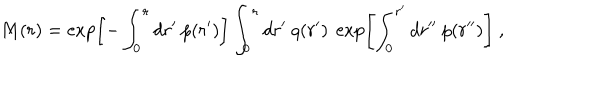
M ( r ) = \exp \left[ - \int _ { 0 } ^ { r } d r ^ { \prime } \ p ( r ^ { \prime } ) \right] \int _ { 0 } ^ { r } d r ^ { \prime } \ q ( r ^ { \prime } ) \ \exp \left[ \int _ { 0 } ^ { r ^ { \prime } } d r ^ { \prime \prime } \ p ( r ^ { \prime \prime } ) \right] \ ,